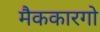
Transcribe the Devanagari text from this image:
मैककारगो